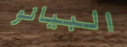
البيانو